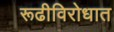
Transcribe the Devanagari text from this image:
रूढीविरोधात